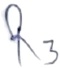
Text: R3